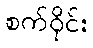
စက်ဝိုင်း